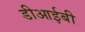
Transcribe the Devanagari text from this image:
डीआईबी